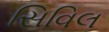
સિવિલ